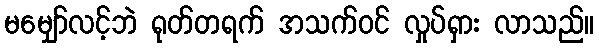
မမျှော်လင့်ဘဲ ရုတ်တရက် အသက်ဝင် လှုပ်ရှား လာသည်။